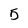
Character: 5